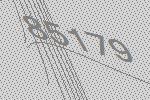
85179